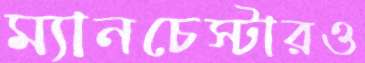
ম্যানচেস্টারও